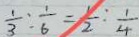
\frac { 1 } { 3 } : \frac { 1 } { 6 } = \frac { 1 } { 2 } : \frac { 1 } { 4 }